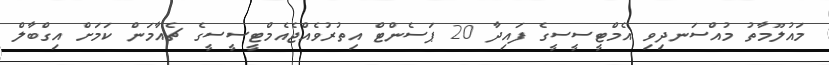
މައުލޫމާތު މުއްސަނދިވި އެމްޓީސީސީގެ ފައިދާ 20 ޕަސެންްޓް އިތުރުވެއްޖެއެމްޓީސީސީގެ ޗެއާމަން ކަމަށް އިގްބާލް